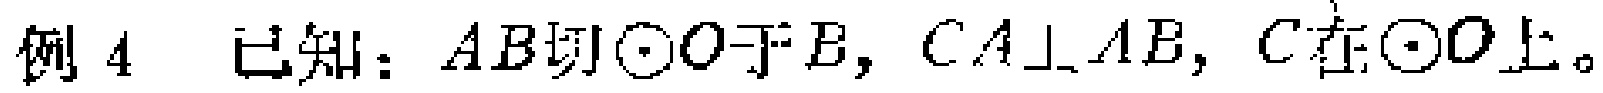
例4 已知：$AB$切$\odot O$于$B$，$CA\perp AB$，$C$在$\odot O$上。